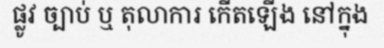
ផ្លូវ ច្បាប់ ឬ តុលាការ កើតឡើង នៅក្នុង